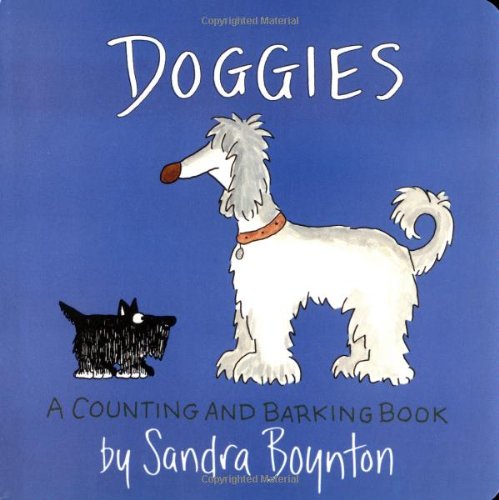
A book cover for Doggies (Boynton on Board); Sandra Boynton; Children's Books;